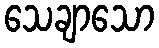
သေချာသော